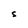
Character: S